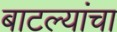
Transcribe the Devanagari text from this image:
बाटल्यांचा